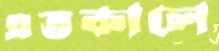
এতকালে